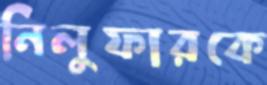
নিলুফারকে